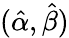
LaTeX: ({\hat{\alpha}},{\hat{\beta}})